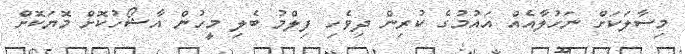
މިސާލަކަށް ނަހުލާއެއް އައުމުގެ ކުރިން ދިވެހި ފިލްމު ބެލި މީހުން އާޝޯހުކޮށް މޮޔަކޮށް